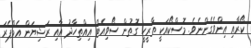
ކޯރާއި އިންވެގެންނެވެ. މޮސްކޯއަކީ ތާރީހީ ގޮތުން ސޯވިއެޓް އިއްތިހާދު އާއި ރަޝިޔަން އެމްޕެރަ